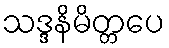
သဒ္ဒနိမိတ္တပေ